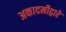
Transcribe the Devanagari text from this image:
अकादमीद्वारे